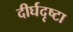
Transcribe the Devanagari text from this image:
दीर्घदृष्टा